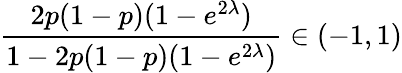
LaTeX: \frac{2p(1-p)(1-e^{2\lambda})}{1-2p(1-p)(1-e^{2\lambda})}\in(-1,1)